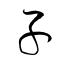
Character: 子